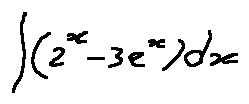
\int ( 2 ^ { x } - 3 e ^ { x } ) d _ { x }